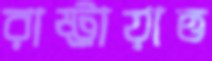
রাষ্ট্রায়াত্ত